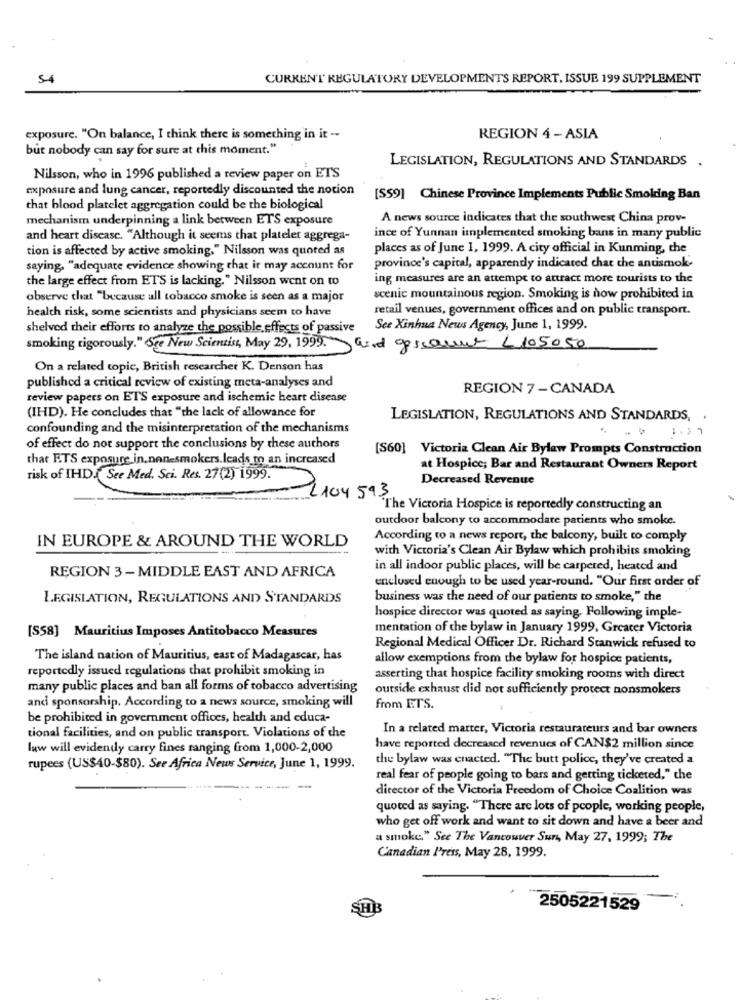
CURRENT REGULATORY DEVELOPMENTS REPORT, ISSUE 199 SUPPLEMENT
exposure. "On balance, I think there is something in it --
REGION 4 - ASIA
but nobody can say for sure at this moment."
LEGISLATION, REGULATIONS AND STANDARDS .
Nilsson, who in 1996 published a review paper on ETS
exposure and lung cancer, reportedly discounted the notion
[SS9] Chinese Province Implements Public Smoking Ban
that blood platelet aggregation could be the biological
mechanism underpinning a link between ETS exposure
A news source indicates that the southwest China prov-
and heart disease. "Although it seems that platelet aggrega-
ince of Yunnan implemented smoking bans in many public
tion is affected by active smoking." Nilsson was quoted as
places as of June 1, 1999. A city official in Kunming, the
saying, "adequate evidence showing that it may account for
province's capital, apparently indicated chat the antismok-
the large effect from ETS is lacking." Nilsson went on to
ing measures are an attempt to attract more tourists to the
observe that "because all tobacco smoke is seen as a major
scenic mountainous region. Smoking is now prohibited in
health risk, some scientists and physicians seem to have
retail venues, government offices and on public transport.
shelved their efforts to analyze the possible effects of passive
See Xinhua News Agency, June 1, 1999.
smoking rigorously." Sce New Scientist, May 29, 1999.
aind gescannt < 105050
On a related topic, British researcher K. Denson has
published a critical review of existing meta-analyses and
REGION 7 -CANADA
review papers on ETS exposure and ischemie heart disease
(IHD). He concludes that "the lack of allowance for
LEGISLATION, REGULATIONS AND STANDARDS,
confounding and the misinterpretation of the mechanisms
of effect do not support the conclusions by these authors
[S60] Victoria Clean Air Bylaw Prompts Construction
that F.TS exposure in.nenesmokers.leads to an increased
at Hospice; Bar and Restaurant Owners Report
risk of IHD.See Med. Sci. Res. 27(2) 1999.
Decreased Revenue
2 104 593
The Victoria Hospice is reportedly constructing an
outdoor balcony to accommodate patients who smoke.
According to a news report, the balcony, built to comply
IN EUROPE & AROUND THE WORLD
with Victoria's Clean Air Bylaw which prohibits smoking
REGION 3 -MIDDLE EAST AND AFRICA
in all indoor public places, will be carpeted, heated and
enclosed enough to be used year-round. "Our first order of
LEGISLATION, REGULATIONS AND STANDARDS
business was the need of our patients to smoke," the
hospice director was quoted as saying. Following imple-
mentation of the bylaw in January 1999, Greater Victoria
[S58] Mauritius Imposes Antitobacco Measures
Regional Medical Officer Dr. Richard Stanwick refused to
The island nation of Mauritius, east of Madagascar, has
allow exemptions from the bylaw for hospice patients,
reportedly issued regulations that prohibit smoking in
asserting that hospice facility smoking rooms with direct
many public places and ban all forms of tobacco advertising
outside exhaust did not sufficiently protect nonsmokers
and sponsorship. According to a news source, smoking will
from ETS.
be prohibited in government offices, health and educa-
In a related marter, Victoria restaurateurs and bar owners
tional facilities, and on public transport. Violations of the
law will evidendy carry fines ranging from 1,000-2,000
have reported decreased revenues of CAN$2 million since
the bylaw was enacted. "The butt police, they've created a
rupees (US$40-$80). See Africa News Service, June 1, 1999.
real fear of people going to bars and getting ticketed," the
director of the Victoria Freedom of Choice Coalition was
quoted as saying. "There are lots of people, working people,
who get off work and want to sit down and have a beer and
a smoke." See The Vancouver Sun, May 27, 1999; The
Canadian Press, May 28, 1999.
SHE
2505221529